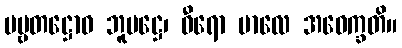
ပဗ္ဗတဋ္ဌောဝ ဘူမဋ္ဌေ၊ ဓီရော ဗာလေ အဝေက္ခတိ။